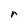
Character: r